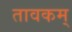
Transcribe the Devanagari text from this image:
तावकम्